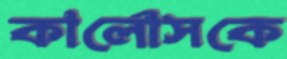
কার্লোসকে